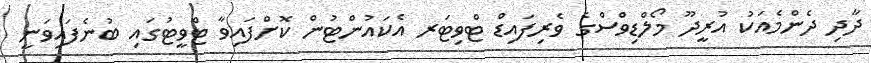
ދާދި ދެންމެއަކު އުރީދޫ މޯލްޑިވްސްގެ ވެރިފައިޑް ޓްވިޓަރ އެކައުންޓުން ކޮށްފައިވާ ޓްވީޓުގައި ބުނެފައިވަނީ